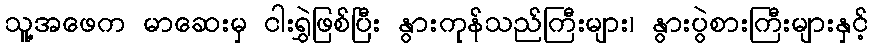
သူ့အဖေက မာဆေးမှ ငါးရွှဲဖြစ်ပြီး နွားကုန်သည်ကြီးများ၊ နွားပွဲစားကြီးများနှင့်